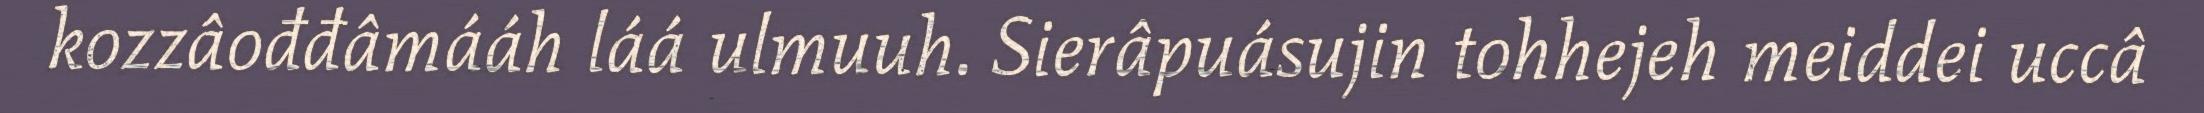
kozzâođđâmááh láá ulmuuh. Sierâpuásujin tohhejeh meiddei uccâ